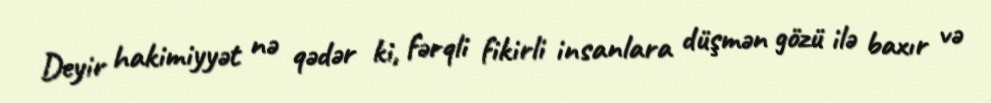
Deyir hakimiyyət nə qədər ki, fərqli fikirli insanlara düşmən gözü ilə baxır və